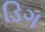
ડિગ